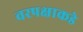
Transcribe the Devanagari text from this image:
वरपक्षाकडे